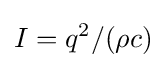
I=q^{2}/(\rho c)